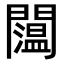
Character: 𨷇